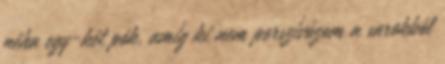
néha egy-két pók, amíg ki nem porszívózom a sarokból